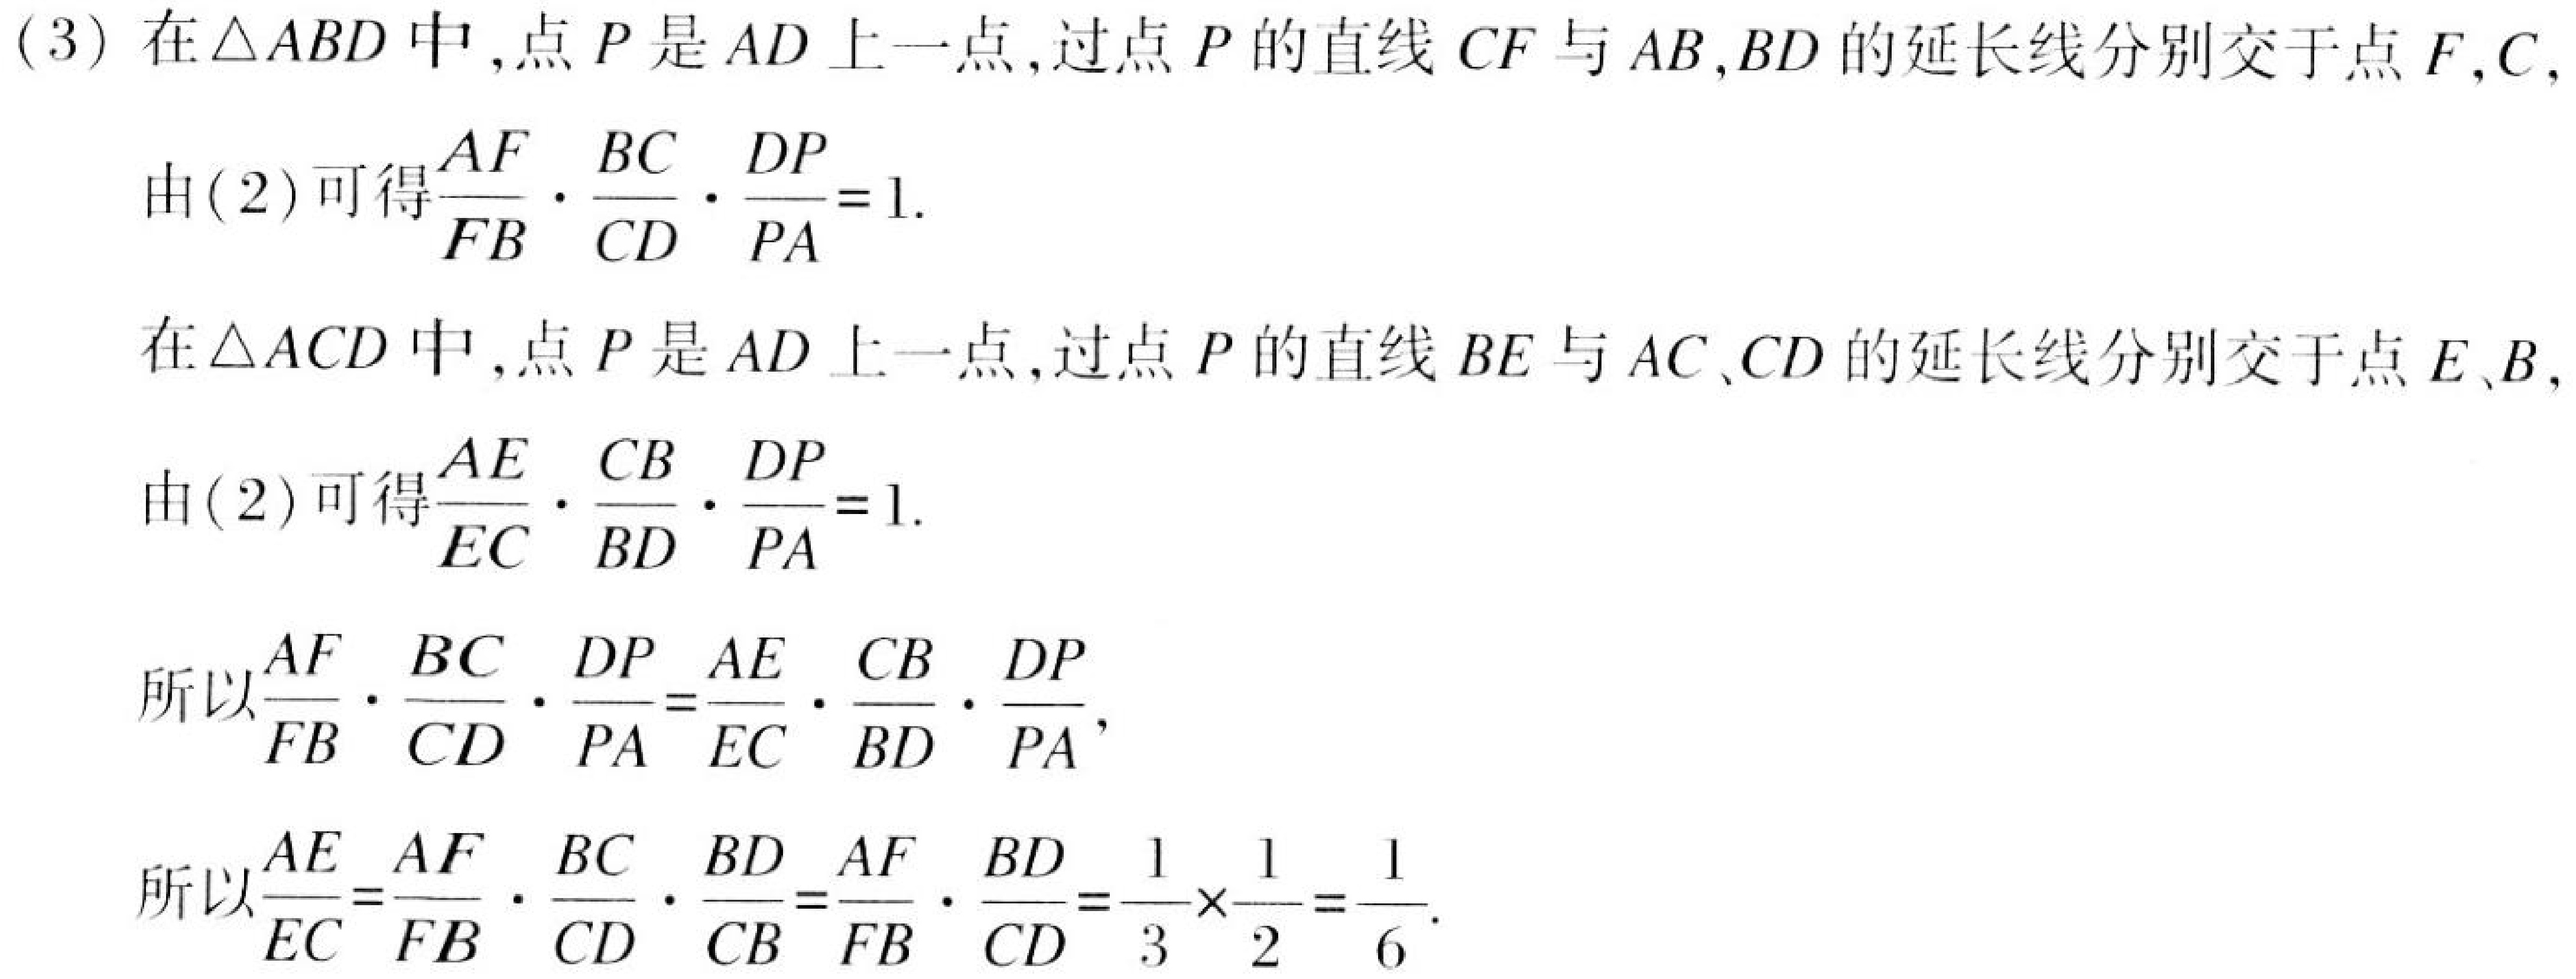
(3) 在$\triangle ABD$中,点$P$是$AD$上一点,过点$P$的直线$CF$与$AB$,$BD$的延长线分别交于点$F$,$C$,
由(2)可得$\frac{AF}{FB}\cdot\frac{BC}{CD}\cdot\frac{DP}{PA}=1$.

在$\triangle ACD$中,点$P$是$AD$上一点,过点$P$的直线$BE$与$AC$、$CD$的延长线分别交于点$E$、$B$,
由(2)可得$\frac{AE}{EC}\cdot\frac{CB}{BD}\cdot\frac{DP}{PA}=1$.

所以$\frac{AF}{FB}\cdot\frac{BC}{CD}\cdot\frac{DP}{PA}=\frac{AE}{EC}\cdot\frac{CB}{BD}\cdot\frac{DP}{PA}$,
所以$\frac{AE}{EC}=\frac{AF}{FB}\cdot\frac{BC}{CD}\cdot\frac{BD}{CB}=\frac{AF}{FB}\cdot\frac{BD}{CD}=\frac{1}{3}\times\frac{1}{2}=\frac{1}{6}$.